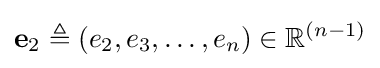
\mathbf {e} _{2}\triangleq (e_{2},e_{3},\ldots ,e_{n})\in \mathbb {R} ^{(n-1)}